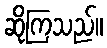
ဆိုကြသည်။